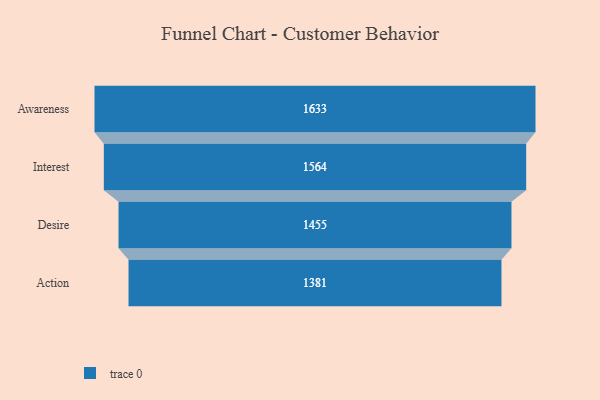
{"axis": {"x": "Stage", "y": "Value"}, "legend": [""], "data": [{"x": "Awareness", "y": 1633.0, "type": ""}, {"x": "Interest", "y": 1564.0, "type": ""}, {"x": "Desire", "y": 1455.0, "type": ""}, {"x": "Action", "y": 1381.0, "type": ""}]}